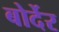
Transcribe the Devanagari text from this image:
बोर्देर